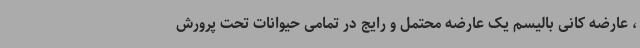
، عارضه کانی بالیسم یک عارضه محتمل و رایج در تمامی حیوانات تحت پرورش